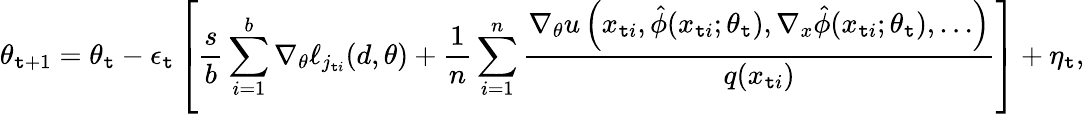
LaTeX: \theta_{\mathtt{t}+1}=\theta_{\mathtt{t}}-\epsilon_{\mathtt{t}}\left[\frac{{s}}{{b}}\sum_{i=1}^{b}\nabla_{\theta}\ell_{j_{\mathtt{t}i}}(d,\theta)+\frac{{1}}{{n}}\sum_{i=1}^{n}\frac{{\nabla_{\theta}u\left(x_{\mathtt{t}i},\hat{{\phi}}(x_{\mathtt{t}i};\theta_{\mathtt{t}}),\nabla_{x}\hat{{\phi}}(x_{\mathtt{t}i};\theta_{\mathtt{t}}),\dots\right)}}{{q(x_{\mathtt{t}i})}}\right]+\eta_{\mathtt{t}},